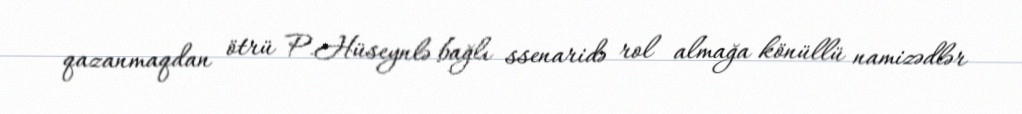
qazanmaqdan ötrü P.Hüseynlə bağlı ssenaridə rol almağa könüllü namizədlər